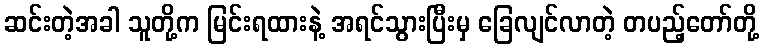
ဆင်းတဲ့အခါ သူတို့က မြင်းရထားနဲ့ အရင်သွားပြီးမှ ခြေလျင်လာတဲ့ တပည့်တော်တို့